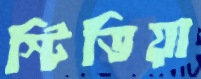
স্টিভিয়া